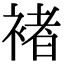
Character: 褚